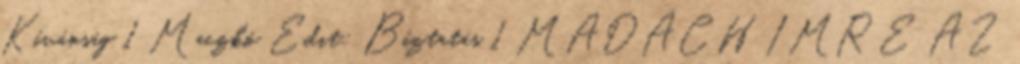
Kívánság 1 Maczkó Edit: Bíztatás 1 MADÁCH IMRE AZ